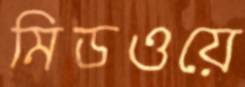
মিডওয়ে